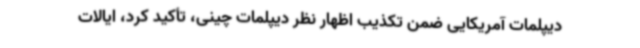
دیپلمات آمریکایی ضمن تکذیب اظهار نظر دیپلمات چینی، تأکید کرد، ایالات